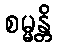
စမ္မန္တိ